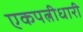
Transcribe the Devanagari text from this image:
एकपत्नीधारी